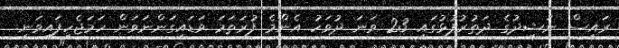
ރައީސް ނަޝީދުގެ ދަތުރުފުޅުގައި 23 ވަނަ ދުވަހު އެންމެ ފުރަތަމަ ވަޑައިގަންނަވަން ހަމަޖެހިފައިވަނީ.